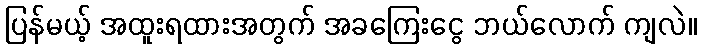
ပြန်မယ့် အထူးရထားအတွက် အခကြေးငွေ ဘယ်လောက် ကျလဲ။